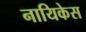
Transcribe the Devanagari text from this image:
नायिकेस